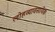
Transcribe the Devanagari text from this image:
लोहव्यावसायिक